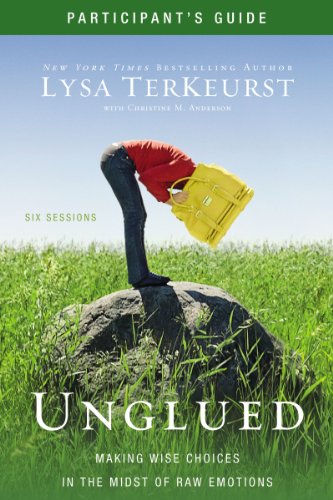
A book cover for Unglued Participant's Guide: Making Wise Choices in the Midst of Raw Emotions; Lysa TerKeurst; Christian Books & Bibles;